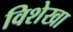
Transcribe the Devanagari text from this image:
विशेखा